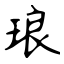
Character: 琅